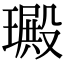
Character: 𤩴